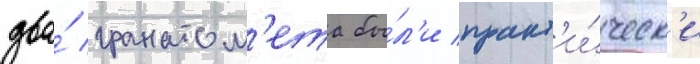
два́ гранатом'ета бы́л'и практ'и́ческ'и